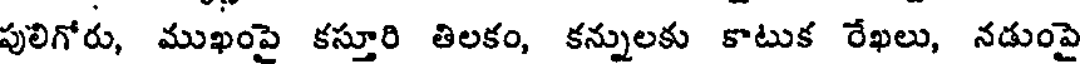
పులిగోరు, ముఖంపై కస్తూరి తిలకం, కన్నులకు కాటుక రేఖలు, నడుంపై